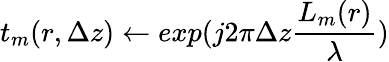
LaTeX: t_{m}(r,\Delta z)\gets exp(j2\pi\Delta z\frac{L_{m}(r)}{\lambda})